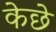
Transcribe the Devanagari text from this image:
केछे